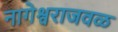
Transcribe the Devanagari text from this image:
नागेश्वराजवळ